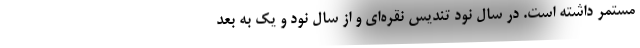
مستمر داشته است. در سال نود تندیس نقره‌ای و از سال نود و یک به بعد